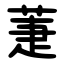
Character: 萐